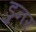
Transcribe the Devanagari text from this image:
डुनर